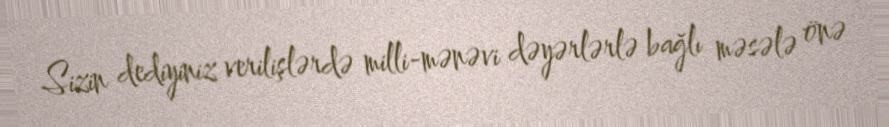
Sizin dediyiniz verilişlərdə milli-mənəvi dəyərlərlə bağlı məsələ önə